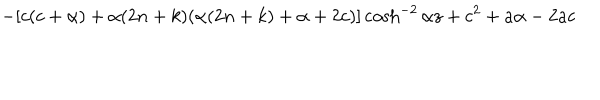
- [ c ( c + \alpha ) + \alpha ( 2 n + k ) ( \alpha ( 2 n + k ) + \alpha + 2 c ) ] \cosh ^ { - 2 } { \alpha z } + c ^ { 2 } + a \alpha - 2 a c